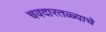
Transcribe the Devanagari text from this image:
चवदारतळ्याचे